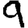
Digit: 9